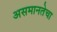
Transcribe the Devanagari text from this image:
असमानतेचा